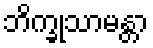
ဘိက္ခုသာမန္တာ